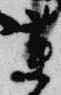
蓮